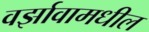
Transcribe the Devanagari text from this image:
वर्झावामधील